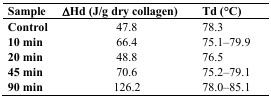
| Sample | ΔHd (J/g dry collagen) | Td (°C) |
 | --- | --- | --- |
 | Control | 47.8 | 78.3 |
 | 10 min | 66.4 | 75.1–79.9 |
 | 20 min | 48.8 | 76.5 |
 | 45 min | 70.6 | 75.2–79.1 |
 | 90 min | 126.2 | 78.0–85.1 |